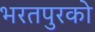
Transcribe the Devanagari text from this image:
भरतपुरको